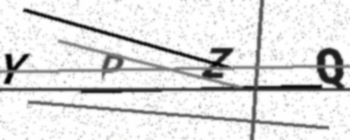
Text: YPZQ